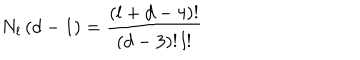
N _ { l } \left( d - 1 \right) = \frac { \left( l + d - 4 \right) ! } { \left( d - 3 \right) ! \, l ! }